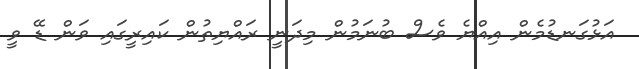
އަޅުގަނޑުމެން އިއްޔެ ވެސް ބުނަމުން މިދަނީ ރައްޔިތުން ކައިރީގައި ވަން ޑޭ ވީ